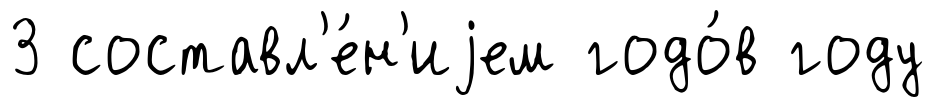
3 составл'е́н'иjем годо́в году